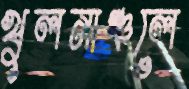
খুলনাঞ্চলে